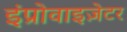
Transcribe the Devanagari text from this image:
इंप्रोवाइज़ेटर